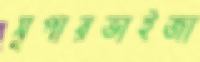
সুপারভাইজা